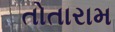
તોતારામ